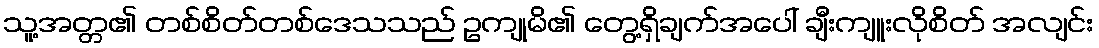
သူ့အတ္တ၏ တစ်စိတ်တစ်ဒေသသည် ဥကျုမိ၏ တွေ့ရှိချက်အပေါ် ချီးကျူးလိုစိတ် အလျင်း